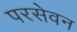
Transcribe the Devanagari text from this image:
परसेवन